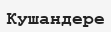
Кушандере